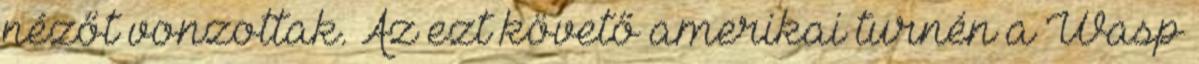
nézőt vonzottak. Az ezt követő amerikai turnén a Wasp